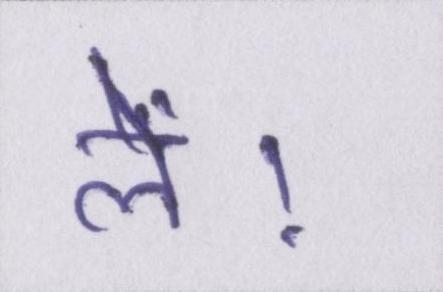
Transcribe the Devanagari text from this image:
लें।